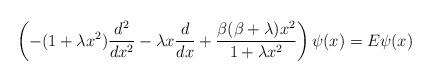
LaTeX: \begin{align*} \left(-(1+\lambda x^2) \frac{d^2}{dx^2} - \lambda x \frac{d}{dx} + \frac{\beta(\beta+\lambda)x^2}{1+\lambda x^2} \right) \psi(x) = E \psi(x) \end{align*}